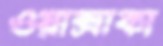
ওয়াক্সাকা